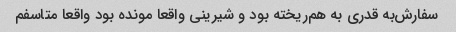
سفارش‌به قدری به هم‌ریخته بود و شیرینی واقعا مونده بود واقعا متاسفم